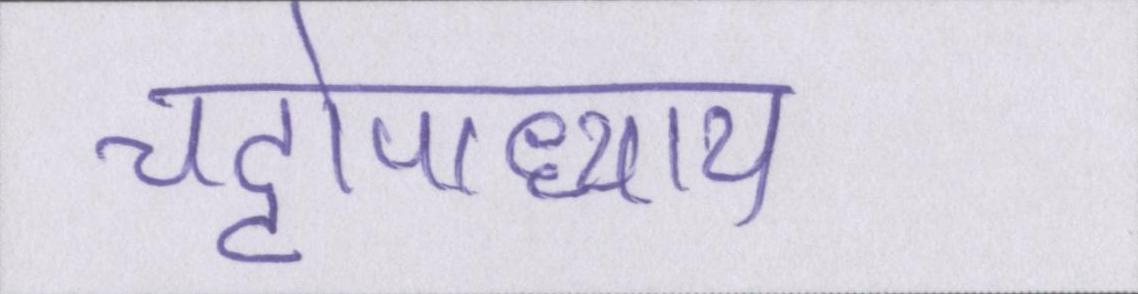
चट्टोपाध्याय